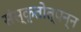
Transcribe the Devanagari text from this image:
संस्कृतोत्पन्न